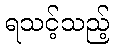
ရသင့်သည့်